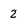
Character: 2